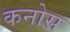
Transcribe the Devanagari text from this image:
कनोस